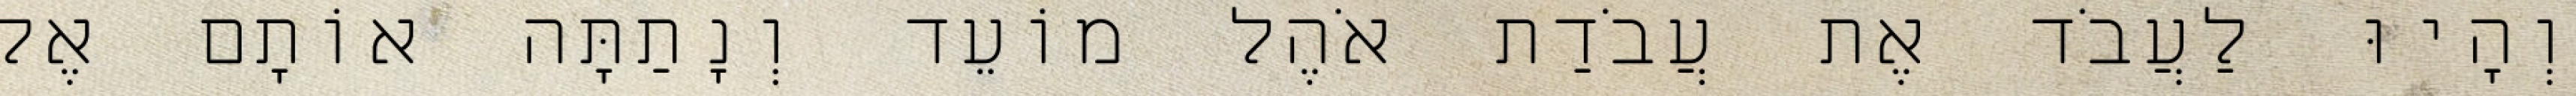
וְהָיוּ לַעֲבֹד אֶת עֲבֹדַת אֹהֶל מוֹעֵד וְנָתַתָּה אוֹתָם אֶל